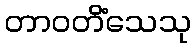
တာဝတိံသေသု